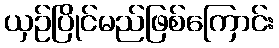
ယှဉ်ပြိုင်မည်ဖြစ်ကြောင်း